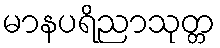
မာနပရိညာသုတ္တ